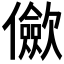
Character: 𠑁